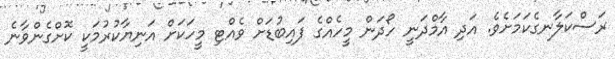
ރަސްކަލާނގެކަމަށެވެ. އަދި އާމްދަނީ ހޯދަން މީހެއްގެ ފައިބުޑަށް ވެއްޓި މީހަކަށް އަނިޔާކުރުމަކީ ކޮށްގެންވާނެ